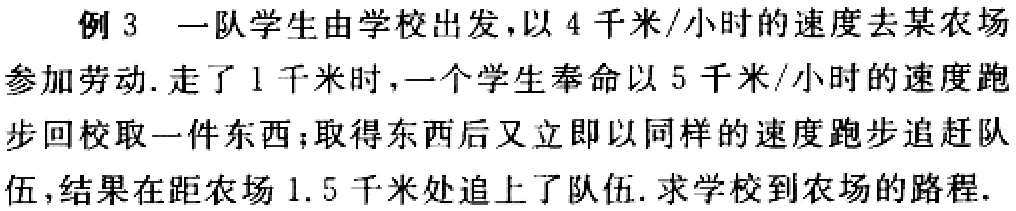
例 3 一队学生由学校出发，以 4 千米/小时的速度去某农场参加劳动. 走了 1 千米时，一个学生奉命以 5 千米/小时的速度跑步回校取一件东西；取得东西后又立即以同样的速度跑步追赶队伍，结果在距农场 1.5 千米处追上了队伍. 求学校到农场的路程.